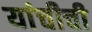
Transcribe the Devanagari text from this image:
यांचीची